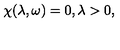
\chi ( \lambda , \omega ) = 0 , \lambda > 0 ,